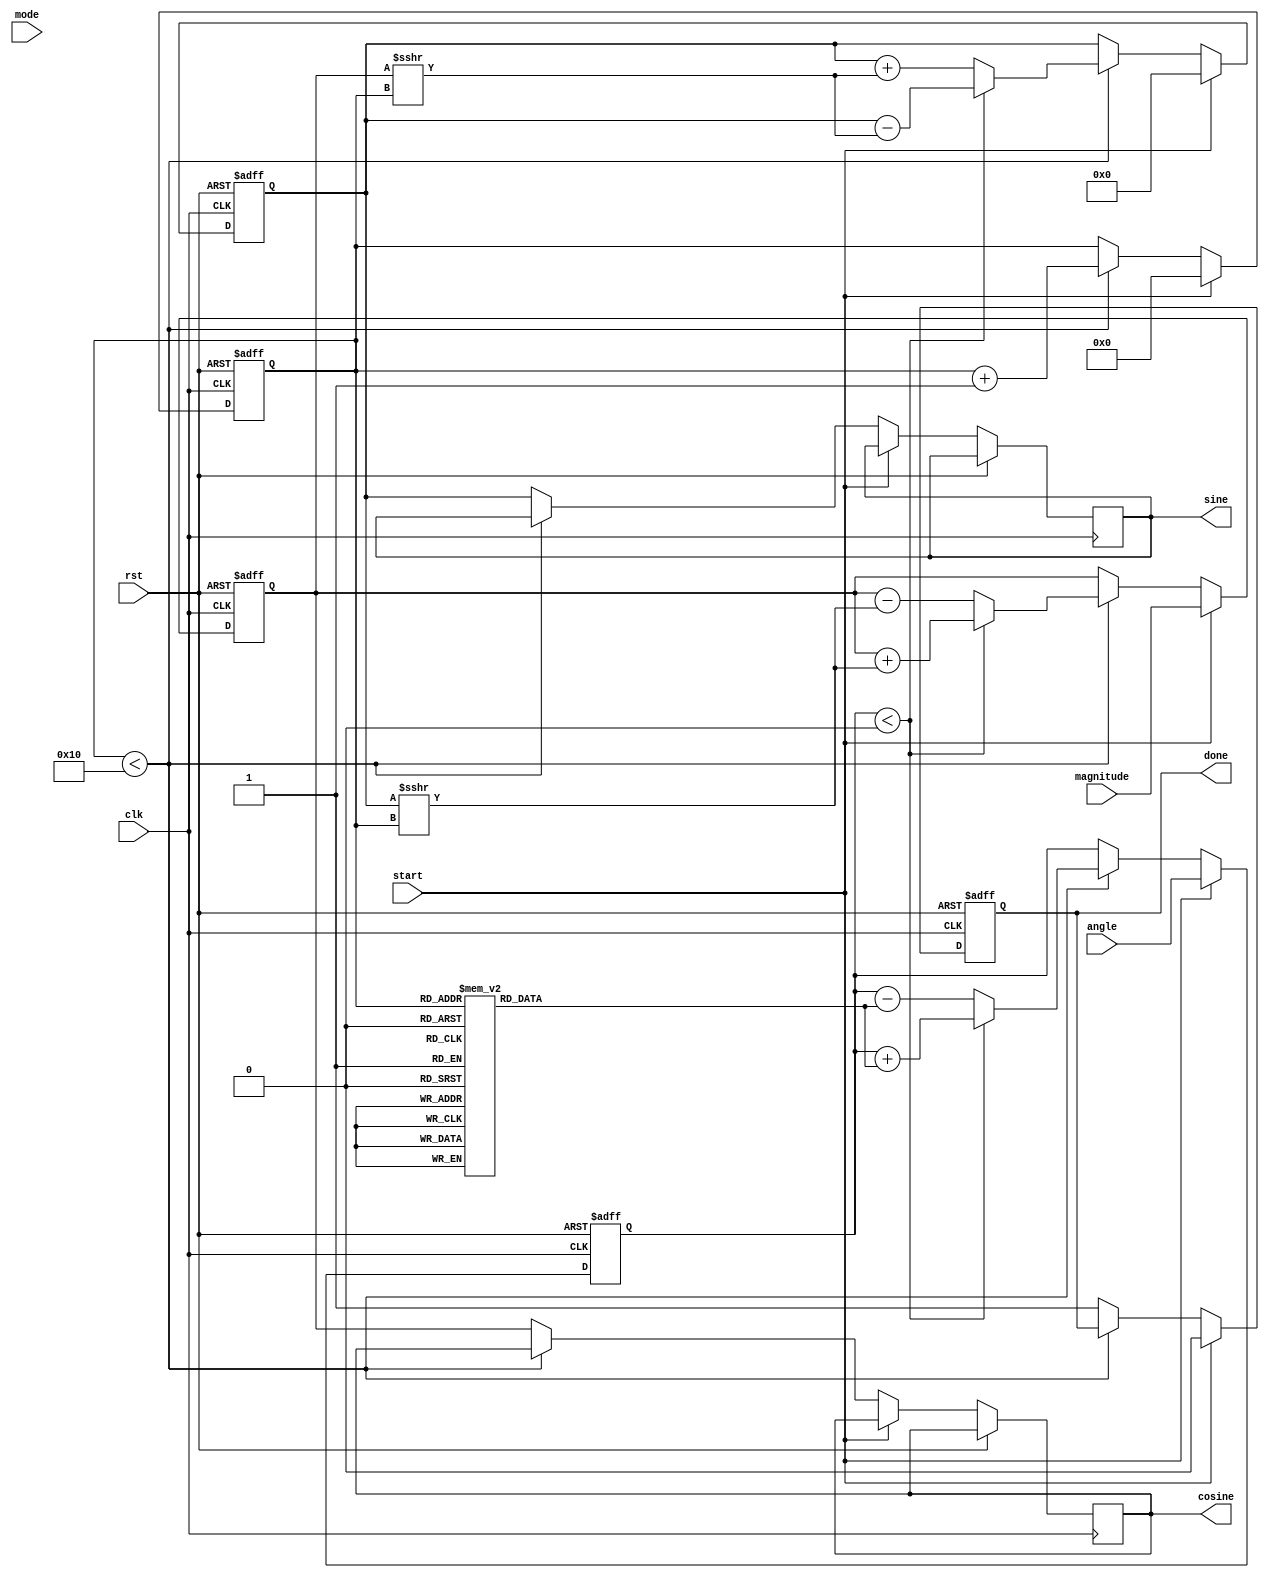
module adaptive_cordic #(
    parameter WIDTH = 32,        // Bit width for fixed-point representation
    parameter ITERATIONS = 16    // Number of iterations for CORDIC
)(
    input wire clk,
    input wire rst,
    input wire [WIDTH-1:0] angle, // Input angle in fixed-point format
    input wire [WIDTH-1:0] magnitude, // Input magnitude
    input wire mode, // 0: rotation, 1: vectoring
    input wire start,
    output reg [WIDTH-1:0] sine, // Output sine value
    output reg [WIDTH-1:0] cosine, // Output cosine value
    output reg done // Operation complete flag
);

    // Internal registers
    reg [WIDTH-1:0] x, y, z; // x, y, z for CORDIC calculations
    reg [WIDTH-1:0] scale; // Scaling factor
    reg [3:0] iteration; // Iteration counter
    reg [WIDTH-1:0] atan_table [0:ITERATIONS-1]; // Pre-calculated arctangent values

    // Initialize arctangent values
    initial begin
        atan_table[0] = 32'h00000000; // atan(0) = 0
        atan_table[1] = 32'h0000003F; // atan(1) = pi/4
        atan_table[2] = 32'h0000001A; // atan(1/2) = pi/6
        // Add more values as needed
        // ...
    end

    // Scaling factor initialization
    initial begin
        scale = 32'h00000000; // Initialize scaling factor
    end

    // Main CORDIC processing
    always @(posedge clk or posedge rst) begin
        if (rst) begin
            // Reset all registers
            x <= 0;
            y <= 0;
            z <= 0;
            iteration <= 0;
            done <= 0;
        end else if (start) begin
            // Initialize inputs
            x <= magnitude; // Start with input magnitude
            y <= 0; // Start with y = 0
            z <= angle; // Load input angle
            iteration <= 0; // Reset iteration counter
            done <= 0; // Clear done flag
        end else if (iteration < ITERATIONS) begin
            // CORDIC iteration
            if (mode == 0) begin // Rotation mode
                if (z < 0) begin
                    x <= x + (y >>> iteration); // Perform rotation
                    y <= y - (x >>> iteration);
                    z <= z + atan_table[iteration]; // Update angle
                end else begin
                    x <= x - (y >>> iteration);
                    y <= y + (x >>> iteration);
                    z <= z - atan_table[iteration];
                end
            end else begin // Vectoring mode
                if (z < 0) begin
                    x <= x + (y >>> iteration);
                    y <= y - (x >>> iteration);
                    z <= z + atan_table[iteration];
                end else begin
                    x <= x - (y >>> iteration);
                    y <= y + (x >>> iteration);
                    z <= z - atan_table[iteration];
                end
            end
            
            iteration <= iteration + 1; // Increment iteration counter
        end else begin
            // Store results and set done flag
            sine <= y;
            cosine <= x;
            done <= 1; // Operation complete
        end
    end

endmodule